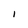
Character: i